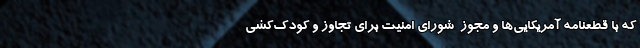
که با قطعنامه آمریکایی‌ها و مجوز ‌ شورای امنیت برای تجاوز و کودک‌کشی